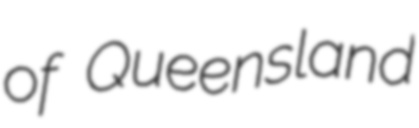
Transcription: of Queensland